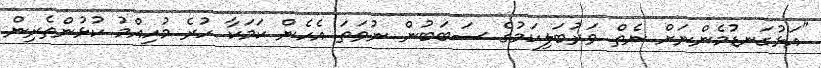
"އަޅުގަނޑުމެންނަށް ނެތް ވަރުބަލިކަމުގެ ސަބަބުން ނުވަތަ އެހެން ކަމަކާ ހުރެ މުހިއްމު ކުޅުންތެރިން